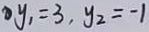
y _ { 1 } = 3 , y _ { 2 } = - 1